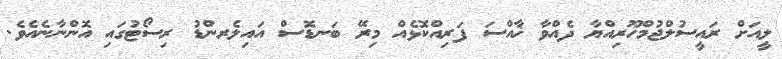
ލީއަށް ރައީސުލްޖުމްހޫރިއްޔާ ދެއްވާ ޚާއްސަ ފަރިއްކޮޅެއް މިރޭ ބަނޑޮސް އައިލެރންޑު ރިސޯޓުގައި އޮންނާނެއެވެ.